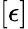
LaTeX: [\epsilon]